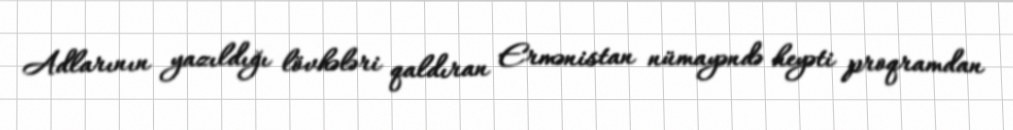
Adlarının yazıldığı lövhələri qaldıran Ermənistan nümayəndə heyəti proqramdan